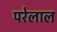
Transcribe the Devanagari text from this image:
परेलाल